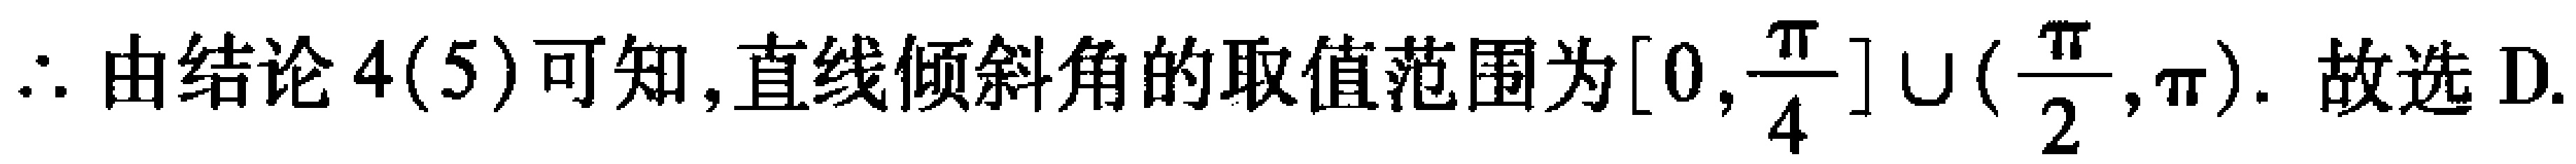
$\therefore$ 由结论 $4(5)$ 可知,直线倾斜角的取值范围为$[0,\frac{\pi}{4}]\cup(\frac{\pi}{2},\pi)$. 故选 D.